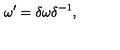
\omega ^ { \prime } = \delta \omega \delta ^ { - 1 } ,